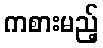
ကစားမည့်